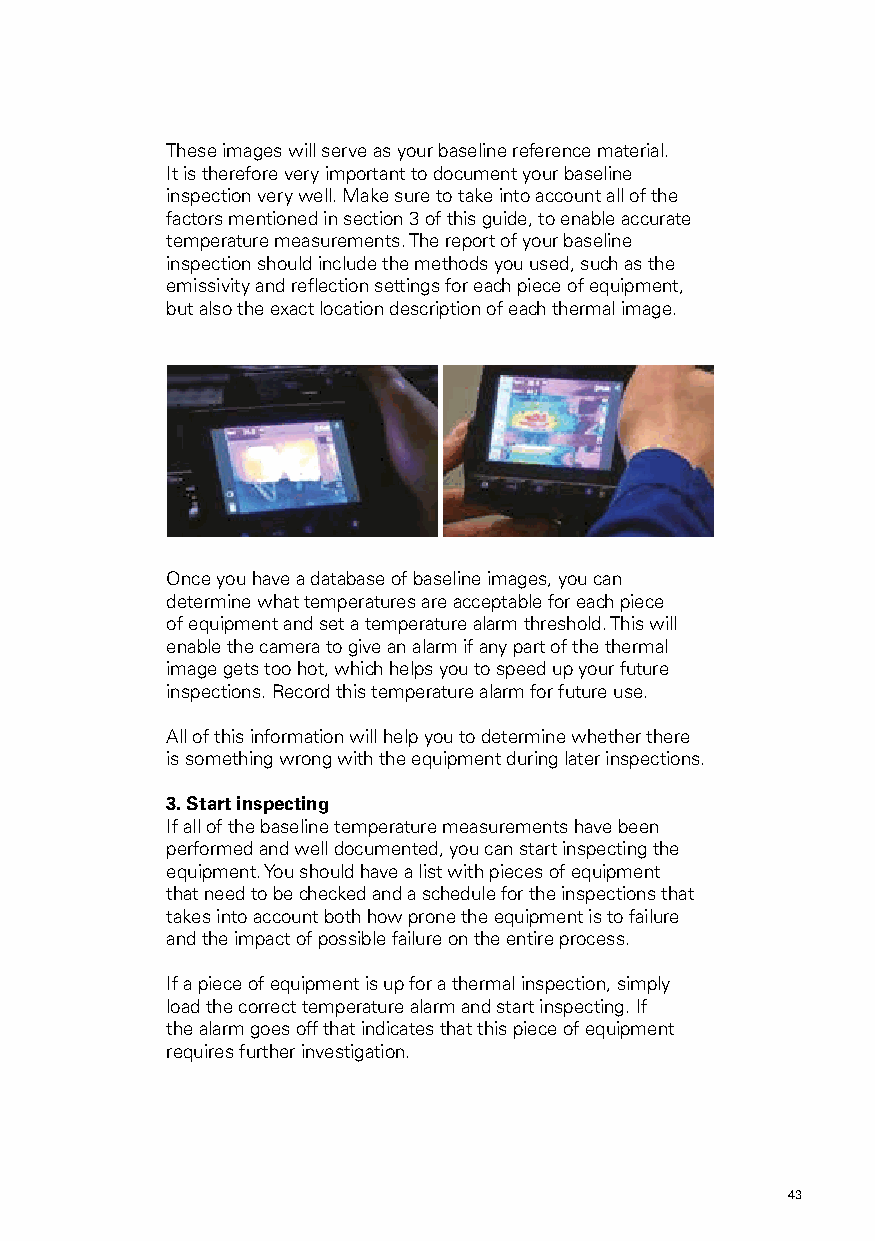
These images will serve as your baseline reference material.
 It is therefore very important to document your baseline
 inspection very well. Make sure to take into account all of the
 factors mentioned in section 3 of this guide, to enable accurate
 temperature measurements. The report of your baseline
 inspection should include the methods you used, such as the
 emissivity and reflection settings for each piece of equipment,
 but also the exact location description of each thermal image.
 Once you have a database of baseline images, you can
 determine what temperatures are acceptable for each piece
 of equipment and set a temperature alarm threshold. This will
 enable the camera to give an alarm if any part of the thermal
 image gets too hot, which helps you to speed up your future
 inspections. Record this temperature alarm for future use.
 All of this information will help you to determine whether there
 is something wrong with the equipment during later inspections.
 3. Start inspecting
 If all of the baseline temperature measurements have been
 performed and well documented, you can start inspecting the
 equipment. You should have a list with pieces of equipment
 that need to be checked and a schedule for the inspections that
 takes into account both how prone the equipment is to failure
 and the impact of possible failure on the entire process.
 If a piece of equipment is up for a thermal inspection, simply
 load the correct temperature alarm and start inspecting. If
 the alarm goes off that indicates that this piece of equipment
 requires further investigation.
 42                                                  43